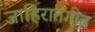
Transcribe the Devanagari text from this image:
जाहिरातगीत